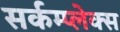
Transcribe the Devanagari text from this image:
सर्कम्प्लेक्स